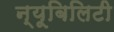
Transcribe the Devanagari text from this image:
न्यूबिलिटी